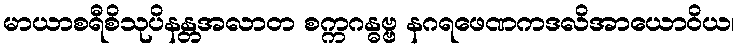
မာယာစရီစိသုပိနန္တအလာတ စက္ကဂန္ဓဗ္ဗ နဂရဖေဏကဒလိအာယောဝိယ၊